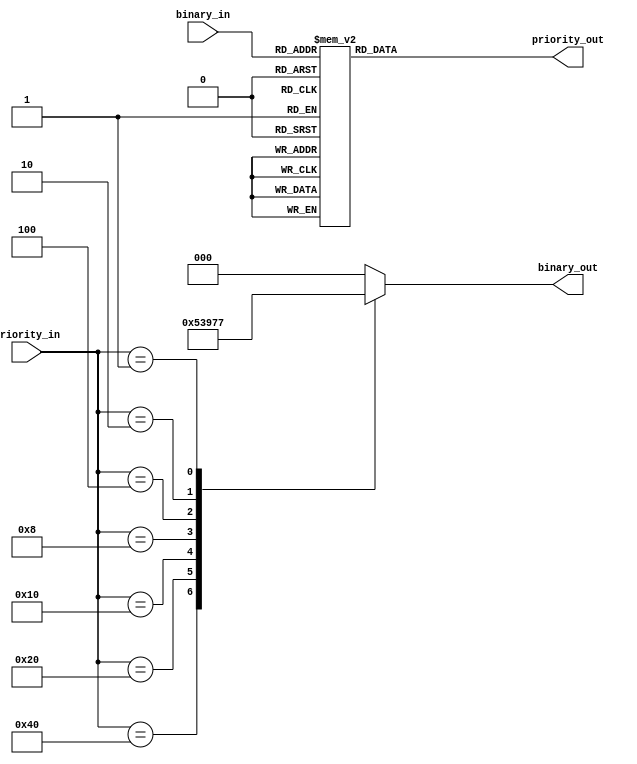
module priority_encoder_decoder (
    input [7:0] priority_in,
    output reg [2:0] binary_out,
    input [2:0] binary_in,
    output reg [7:0] priority_out
);

always @* begin
    case(priority_in)
        8'b10000000: binary_out = 3'b000;
        8'b01000000: binary_out = 3'b001;
        8'b00100000: binary_out = 3'b010;
        8'b00010000: binary_out = 3'b011;
        8'b00001000: binary_out = 3'b100;
        8'b00000100: binary_out = 3'b101;
        8'b00000010: binary_out = 3'b110;
        8'b00000001: binary_out = 3'b111;
        default: binary_out = 3'b000; // default priority for all other inputs
    endcase
end

always @* begin
    case(binary_in)
        3'b000: priority_out = 8'b10000000;
        3'b001: priority_out = 8'b01000000;
        3'b010: priority_out = 8'b00100000;
        3'b011: priority_out = 8'b00010000;
        3'b100: priority_out = 8'b00001000;
        3'b101: priority_out = 8'b00000100;
        3'b110: priority_out = 8'b00000010;
        3'b111: priority_out = 8'b00000001;
        default: priority_out = 8'b11111111; // default priority for all other binaries
    endcase
end

endmodule